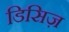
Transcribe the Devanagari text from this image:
डिसिज़